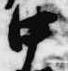
中